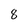
Character: 8